Notes on the propagation and cultivation of the medicinal cinchonas, or Peruvian bark trees
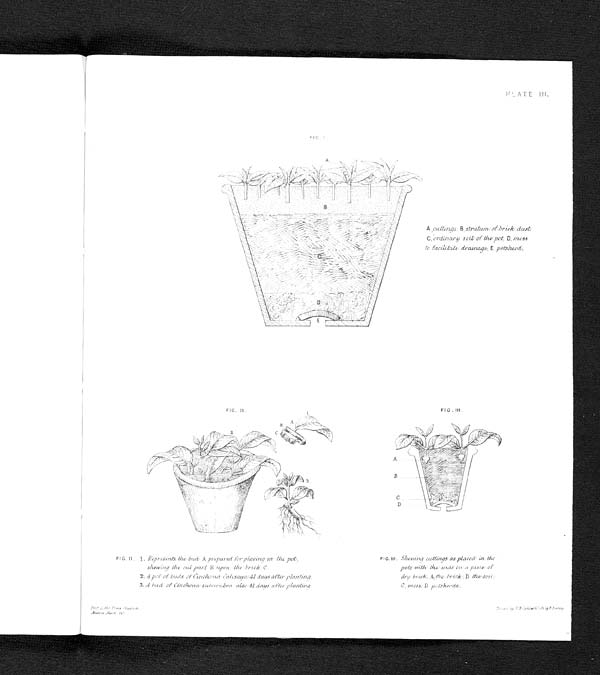
A Cuttings . B,stratum of brick dust
, C , o r d i n a r ys
o i l o f t h e p o t ,D
, m o s s
to facilitate drainage,E p o t s h e r d .
PLATE III.
FIG.1.
I
FIG. II. 1. Represents the bud A prepared for placing in the pot, FIG. III. Shewing cuttings as placed in, the
shewing the cut part B upon; the brick C. pots with, the ends on a. piece of
2.
A pot of buds of Cinchona Calisaya.41 days after planting. dry brick. A the brick; B the soil.,
3. A bud: of Cinchona. succirubra also 41 days atter planting. C, moss; D potsherds .